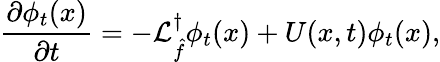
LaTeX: \frac{\partial\phi_{t}(x)}{\partial t}=-\mathcal{L}_{\hat{f}}^{\dagger}\phi_{t}(x)+U(x,t)\phi_{t}(x),